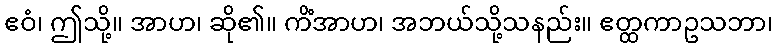
ဧဝံ၊ ဤသို့။ အာဟ၊ ဆို၏။ ကိံအာဟ၊ အဘယ်သို့သနည်း။ ဧတ္ထကာဥသဘာ၊